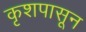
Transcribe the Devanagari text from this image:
कृशपासून